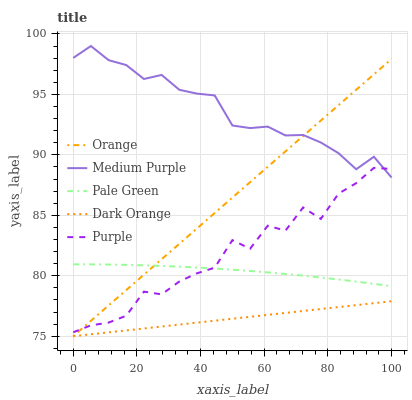
| xaxis_label | Orange | Medium Purple | Pale Green | Dark Orange | Purple |
 | --- | --- | --- | --- | --- | --- |
 | 0 | 75 | 98 | 80.9 | 75 | 75.3 |
 | 5.56 | 76.3 | 99 | 80.9 | 75.2 | 75.9 |
 | 11.1 | 77.5 | 97.8 | 80.9 | 75.3 | 76.1 |
 | 16.7 | 78.8 | 97.4 | 80.9 | 75.5 | 76.7 |
 | 22.2 | 80.1 | 96.3 | 80.9 | 75.6 | 78.7 |
 | 27.8 | 81.4 | 96.6 | 80.8 | 75.8 | 78.5 |
 | 33.3 | 82.6 | 95.4 | 80.8 | 76 | 79.5 |
 | 38.9 | 83.9 | 95.1 | 80.7 | 76.1 | 80.2 |
 | 44.4 | 85.2 | 94.9 | 80.6 | 76.3 | 80.7 |
 | 50 | 86.5 | 92.4 | 80.5 | 76.4 | 82.9 |
 | 55.6 | 87.7 | 92.2 | 80.4 | 76.6 | 82.2 |
 | 61.1 | 89 | 92.3 | 80.3 | 76.8 | 84.1 |
 | 66.7 | 90.3 | 91.6 | 80.2 | 76.9 | 83.7 |
 | 72.2 | 91.6 | 91.6 | 80 | 77.1 | 85.6 |
 | 77.8 | 92.8 | 91 | 79.9 | 77.3 | 84.7 |
 | 83.3 | 94.1 | 90.1 | 79.7 | 77.4 | 86.8 |
 | 88.9 | 95.4 | 88.8 | 79.5 | 77.6 | 87.7 |
 | 94.4 | 96.7 | 89.8 | 79.3 | 77.7 | 88.9 |
 | 100 | 97.9 | 88.1 | 79.1 | 77.9 | 88.8 |